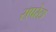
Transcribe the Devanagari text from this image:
सपरेटा